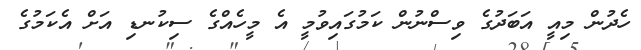
ހެދުން މިއީ އަބަދުގެ ވިސްނުން ކަމުގައިވުމީ އެ މީހެއްގެ ސިކުނޑި އަށް އެކަމުގެ